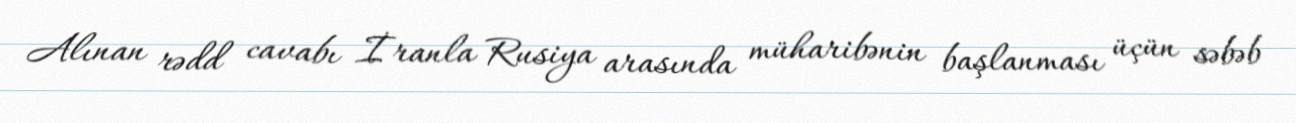
Alınan rədd cavabı İranla Rusiya arasında müharibənin başlanması üçün səbəb